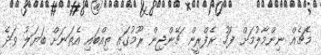
މެޗެއް ނިންމާލުމަށް ފަހު ރެފްރީން ޗޭންޖިން ރޫމުގައި ތިއްބައި އެތަނަށް ބަޔަލު ވަދެ